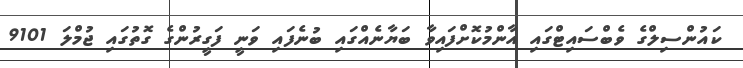
ކައުންސިލްގެ ވެބްސައިޓްގައި އާންމުކޮށްފައިވާ ބަޔާނެއްގައި ބުނެފައި ވަނީ ފަގީރުންގެ ގޮތުގައި ޖުމްލަ 9101